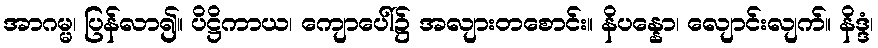
အာဂမ္မ၊ ပြန်လာ၍။ ပိဋ္ဌိကာယ၊ ကျောပေါ်၌ အလျားတစောင်း။ နိပန္နော၊ လျောင်းလျက်။ နိဒ္ဒံ၊